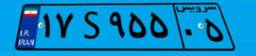
۴۹S۷۰۶۳۷